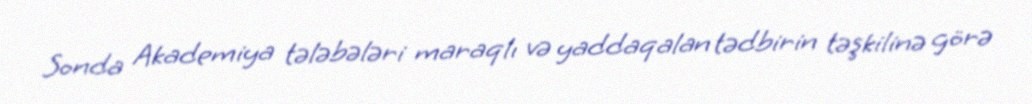
Sonda Akademiya tələbələri maraqlı və yaddaqalan tədbirin təşkilinə görə